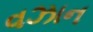
વઝાન